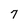
Character: 7